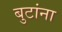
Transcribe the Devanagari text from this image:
बुटांना